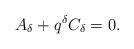
LaTeX: \begin{align*}A_\delta+q^\delta C_\delta=0.\end{align*}